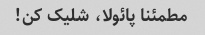
مطمئنا پائولا، شلیک کن!